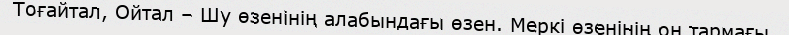
Тоғайтал, Ойтал – Шу өзенінің алабындағы өзен. Меркі өзенінің оң тармағы.